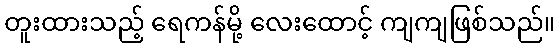
တူးထားသည့် ရေကန်မို့ လေးထောင့် ကျကျဖြစ်သည်။